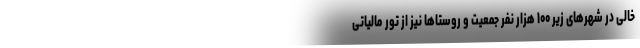
خالی در شهرهای زیر ۱۰۰ هزار نفر جمعیت و روستاها نیز از تور مالیاتی